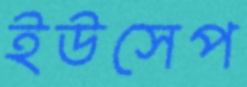
ইউসেপ